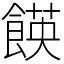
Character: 䭊